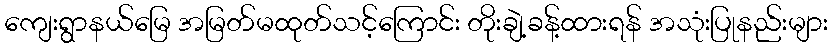
ကျေးရွာနယ်မြေ အမြတ်မထုတ်သင့်ကြောင်း တိုးချဲ့ခန့်ထားရန် အသုံးပြုနည်းများ